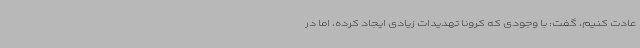
عادت کنیم، گفت: با وجودی که کرونا تهدیدات زیادی ایجاد کرده، اما در